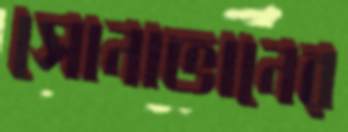
সোনাভানের